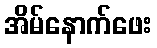
အိမ်နောက်ဖေး